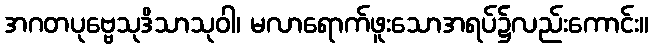
အဂတပုဗ္ဗေသုဒိသာသုဝါ၊ မလာရောက်ဖူးသောအရပ်၌လည်းကောင်း။